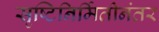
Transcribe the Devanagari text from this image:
सृष्टिनिर्मितीनंतर